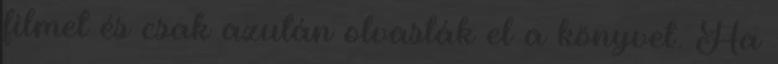
filmet és csak azután olvasták el a könyvet. Ha